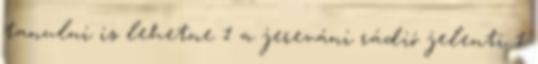
tanulni is lehetne 1 a jereváni rádió jelenti 1